Civil Veterinary Department Bihar & Orissa reports 1911-21 - 1911-1921
Year: 1911
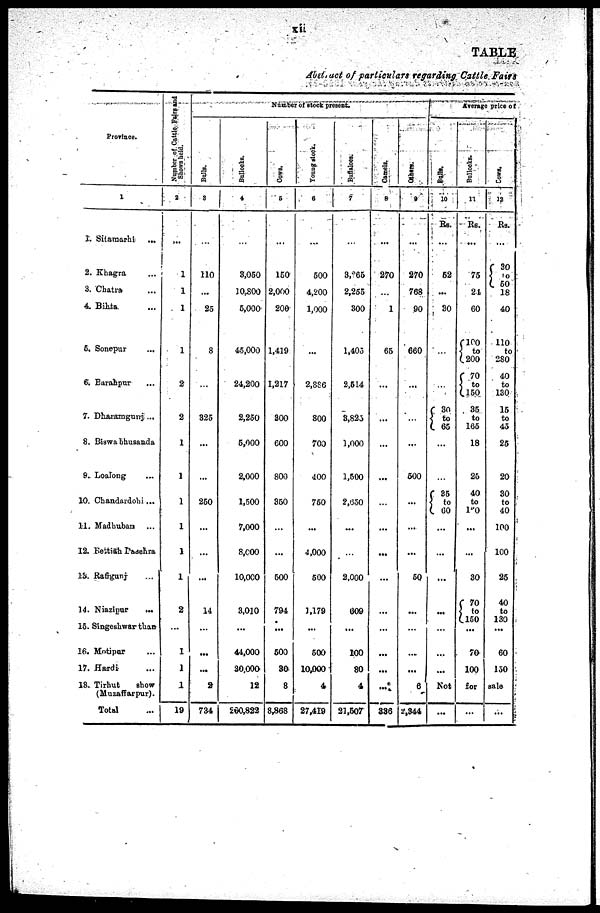
xii
TABLE
Abst, act of particulars regarding Cattle Fairs
Province.
1
I. Sitarmarhi ...
2. Khagra ...
3. Chatra ...
4. Bihta ...
6. Sonepur ...
6. Barahpar ...
7. Dharamgunj ...
8. Biswa bhusanda
9. Loalong ...
10. Chandardohi ...
11. Madhuban ...
12. Bettiah adehra
13. Rafigunj ...
14. Niazipur
...
15. Singeshwar than
16. Motipur ...
17. Hardi ...
18. Tirhut
show
(Muzaffarpur).
Total ...
Number
of Cattle Fairs and
Shows held.
2
...
1
1
1
1
2
2
...
...
...
...
...
2
...
1
1
1
19
Number
of stock pre
sent.
Bulls.
3
...
110
...
25
8
...
325
...
...
250
...
...
...
14
...
...
...
2
734
Bullocks.
4
...
3,050
10,800
5,000
45,000
24,200
2,250
5,000
2,000
1,500
7,000
8,000
10,000
3,010
...
44,000
30,000
12
260,822
Cows.
6
...
150
2,000
200
1,419
1,217
300
600
800
350
...
...
500
794
...
500
30
8
8,868
Young stock.
6
...
500
4,200
1,000
...
2,886
800
700
400
750
...
4,000
500
1,179
...
500
10,000
4
27,419
Buffaloes.
7
...
3,265
2,255
300
1,405
2,514
3,823
1,000
1,500
2,6530
...
...
2,000
609
...
100
80
4
21,507
Camels.
8
...
270
...
1
65
...
...
...
...
...
...
...
...
...
...
...
...
...
336
Others.
9
...
270
768
90
660
...
...
...
500
...
...
...
50
...
...
...
...
6
2,344
Average
price of
Bulls.
10
Rs.
...
52
...
30
...
...
30
to
65
...
...
35
to
60
...
...
...
...
...
...
...
Bullocks.
11
Rs.
...
75
21
60
100
to
200
70
to
150
35
to
165
18
25
40
to
100
...
...
30
70
to
150 ...
70
100
Cows.
12
Rs.
...
30
10
50
18
40
110
to
280
40
to
130
15
to
45
25
20
30
to
40
100
100
25
40
to
130
...
60
150
Not
for sale
...
...
...